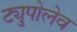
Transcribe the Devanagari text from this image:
ट्युपोलेव